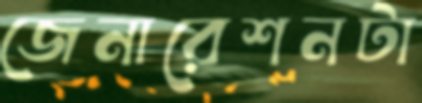
জেনারেশনটা